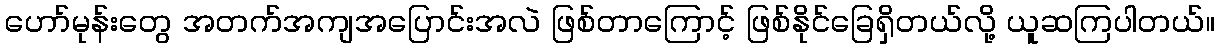
ဟော်မုန်းတွေ အတက်အကျအပြောင်းအလဲ ဖြစ်တာကြောင့် ဖြစ်နိုင်ခြေရှိတယ်လို့ ယူဆကြပါတယ်။